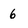
Character: 6